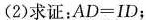
(2)求证：$$A D = I D$$；